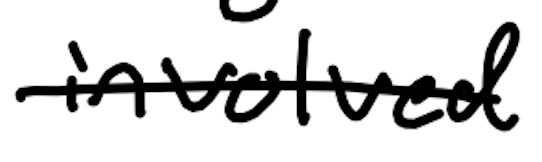
Text: involved
Cross-out: single-line
Writing tool: digital_black